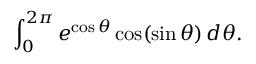
\int _ { 0 } ^ { 2 \pi } e ^ { \cos \theta } \cos ( \sin \theta ) \, d \theta .